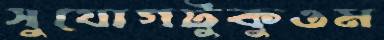
সুযোগটুকুওম